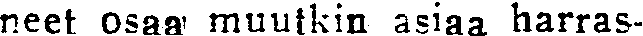
neet osaa muutkin asiaa harras-